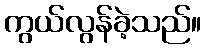
ကွယ်လွန်ခဲ့သည်။